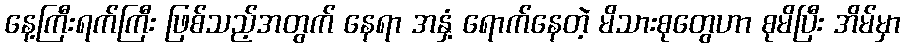
နေ့ကြီးရက်ကြီး ဖြစ်သည့်အတွက် နေရာ အနှံ့ ရောက်နေတဲ့ မိသားစုတွေဟာ စုမိပြီး အိမ်မှာ